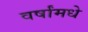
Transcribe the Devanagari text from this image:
वर्षांमधे